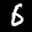
Label: 6